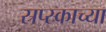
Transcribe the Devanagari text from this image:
स्रप्स्काच्या